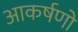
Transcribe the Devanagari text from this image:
आकर्षणो